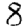
Digit: 8